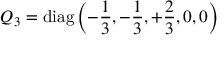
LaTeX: Q _ { 3 } = \mathrm { d i a g } \left( - { \frac { 1 } { 3 } } , - { \frac { 1 } { 3 } } , + { \frac { 2 } { 3 } } , 0 , 0 \right)